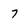
Character: 7